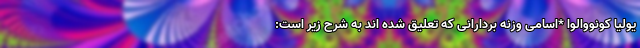
یولیا کونووالوا *اسامی وزنه بردارانی که تعلیق شده اند به شرح زیر است: